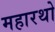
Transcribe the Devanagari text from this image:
महारथो